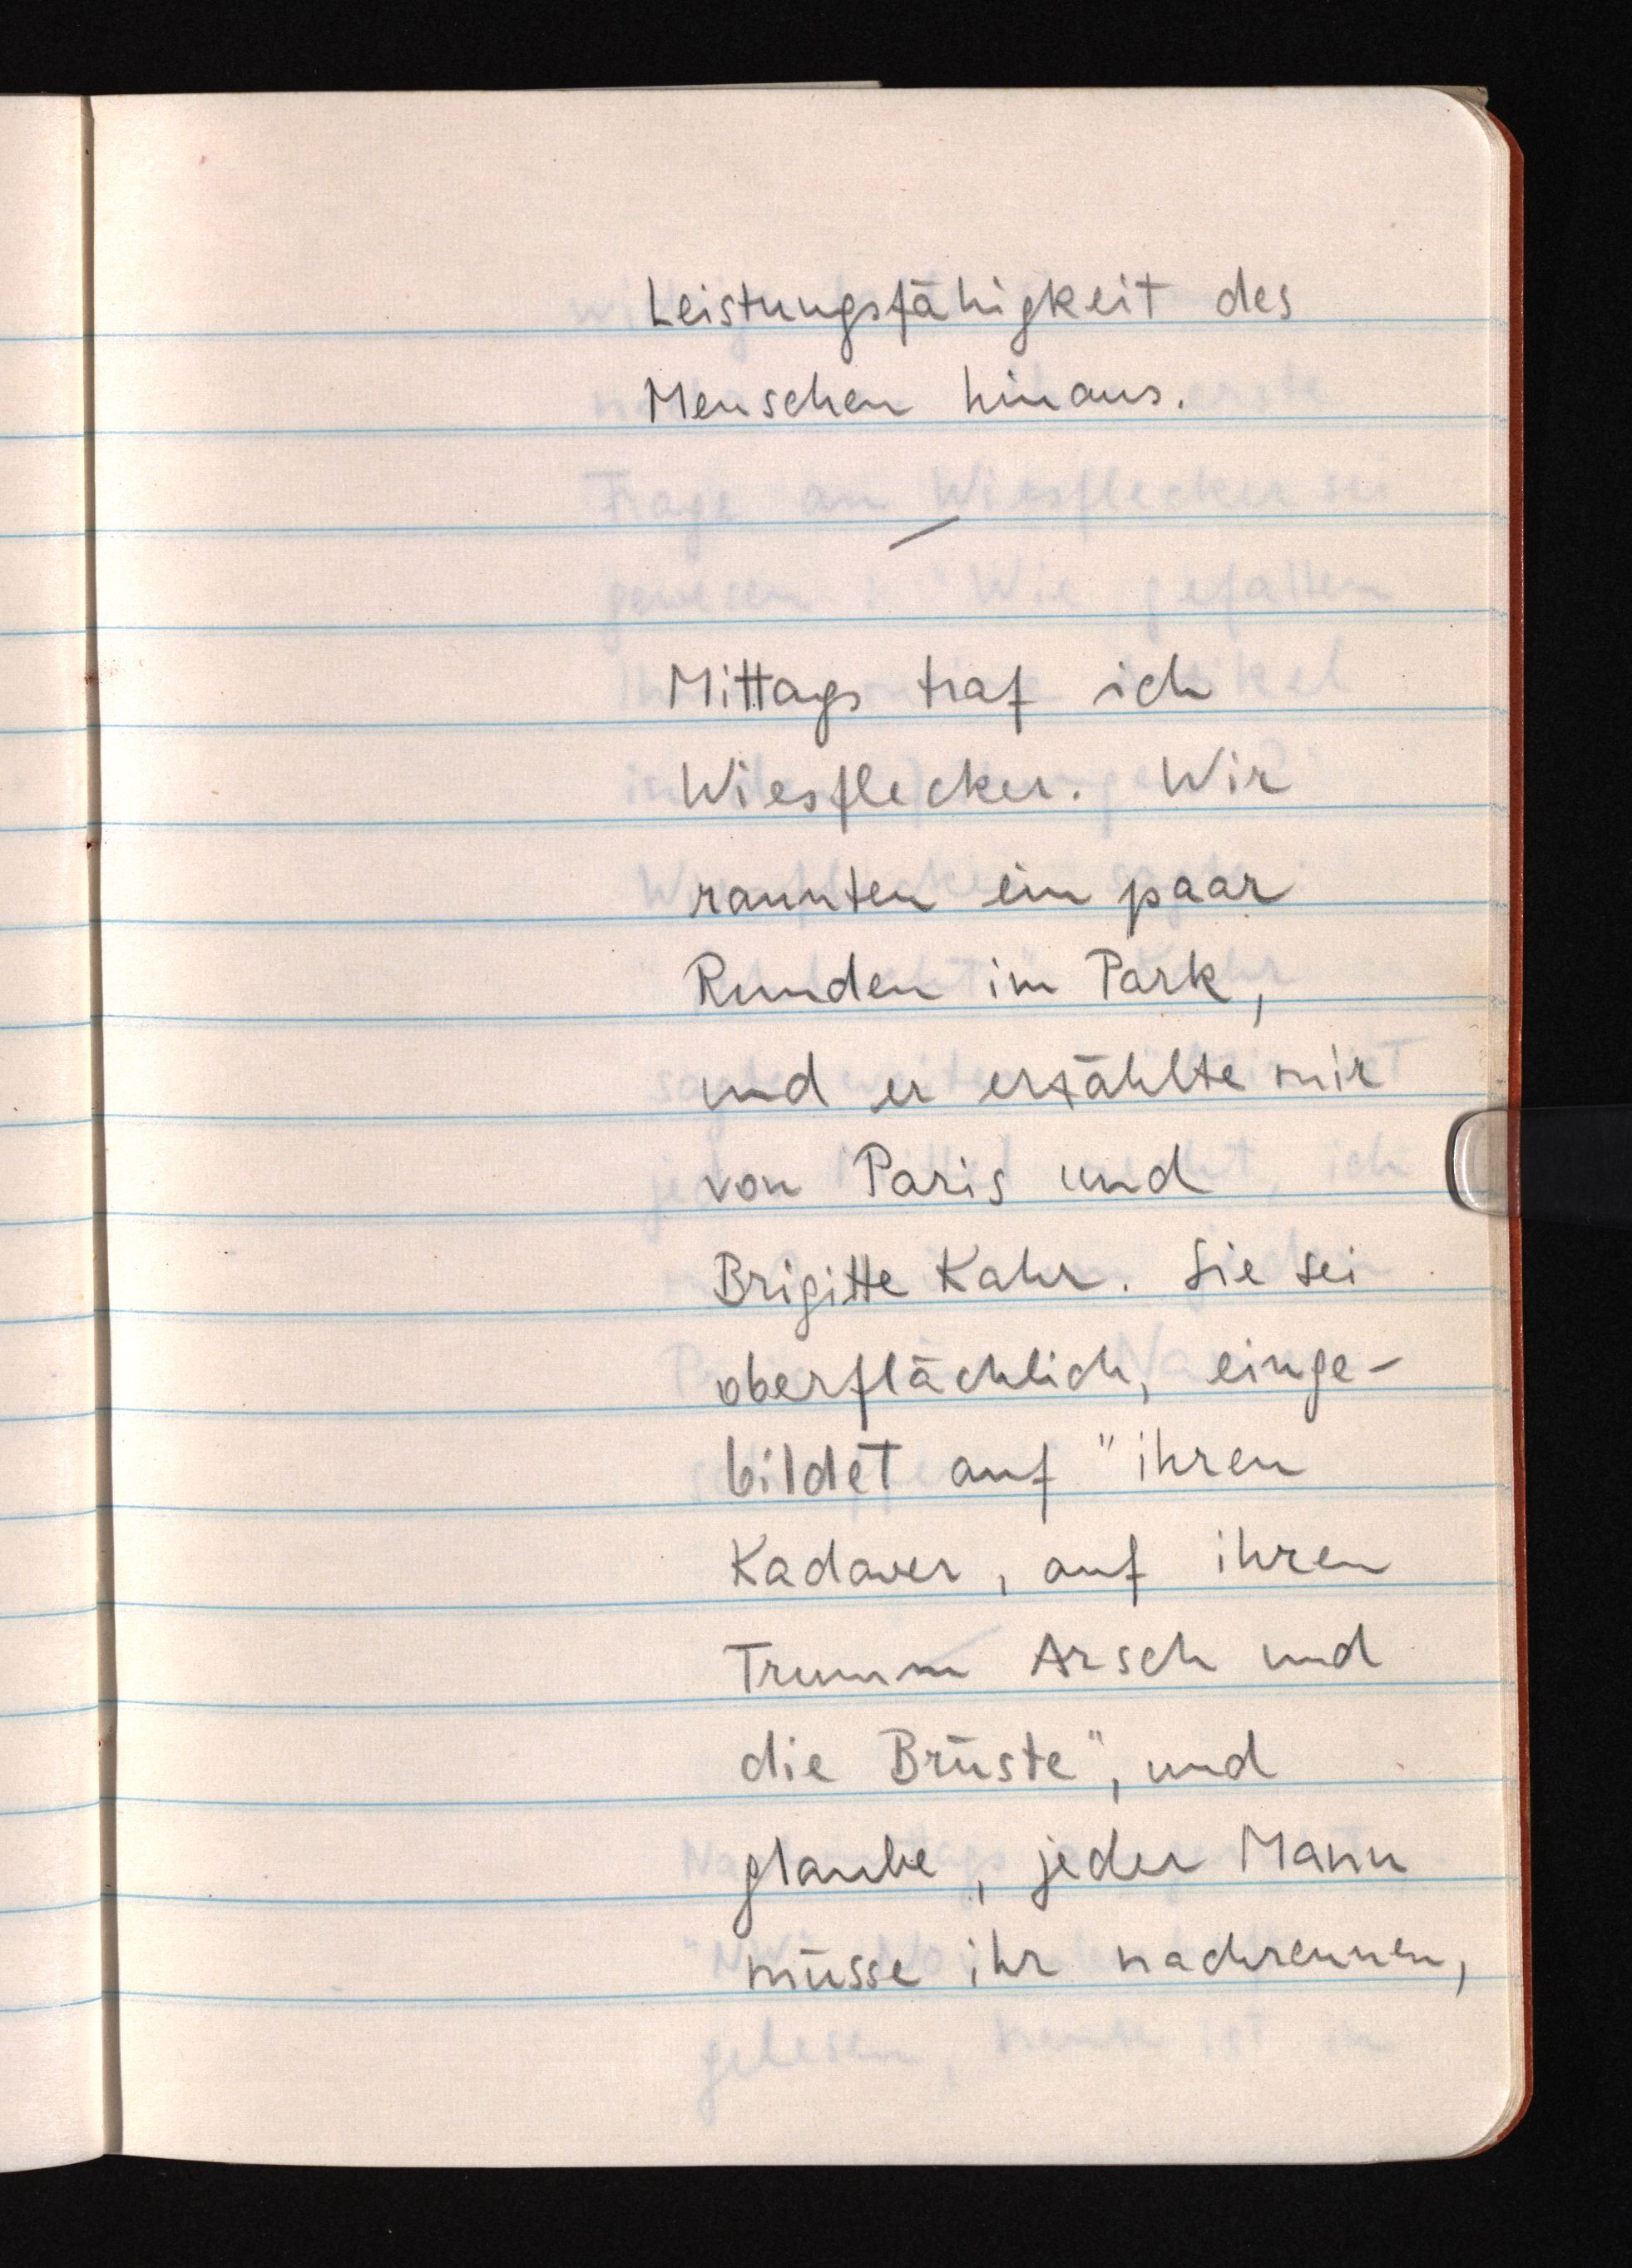
Leistungsfähigkeit des
Menschen hinaus.
Mittags traf ich
Wiesflecker. Wir
rannten ein paar
Runden im Park,
und er erzählte mir
von Paris und
Brigitte Kahr. Sie sei
oberflächlich, einge¬
bildet auf "ihren
Kadaver, auf ihren
Trumm Arsch und
die Brüste", und
glaube, jeder Mann
müsse ihr nachrennen,